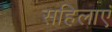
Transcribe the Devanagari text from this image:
सहिलाएं